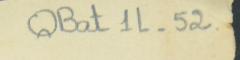
QBat1L-52